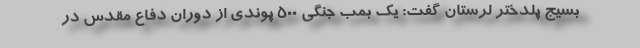
بسیج پلدختر لرستان گفت: یک بمب جنگی ۵۰۰ پوندی از دوران دفاع مقدس در